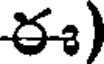
ఈ)